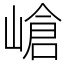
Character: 嵢